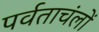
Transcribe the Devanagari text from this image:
पर्वताचंलों